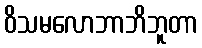
ဝိသမလောဘာဘိဘူတာ